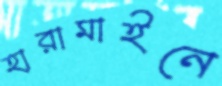
হারামাইনে